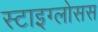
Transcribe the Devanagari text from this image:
स्टाइग्लोसस